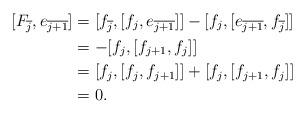
LaTeX: \begin{align*}[F_{\overline{j}}, e_{\overline{j+1}}] &= [f_{\overline{j}},[f_j, e_{\overline{j+1}}]] - [f_j, [e_{\overline{j+1}}, f_{\overline{j}}]]\\ &= - [f_j, [f_{j+1}, f_j]] \\ &= [f_j, [f_j, f_{j+1}]] + [f_j, [f_{j+1}, f_j]] \\ &= 0.\end{align*}